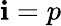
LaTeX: \mathbf{i}=p